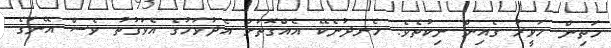
މަތިން ހަވީރު ގެއިން ނިކުތެވެ. ހެނދުނެކޭ އެއްގޮތަށް އެދުވަހުގެ އެވަގުތު ވެސް އޭނަގެ